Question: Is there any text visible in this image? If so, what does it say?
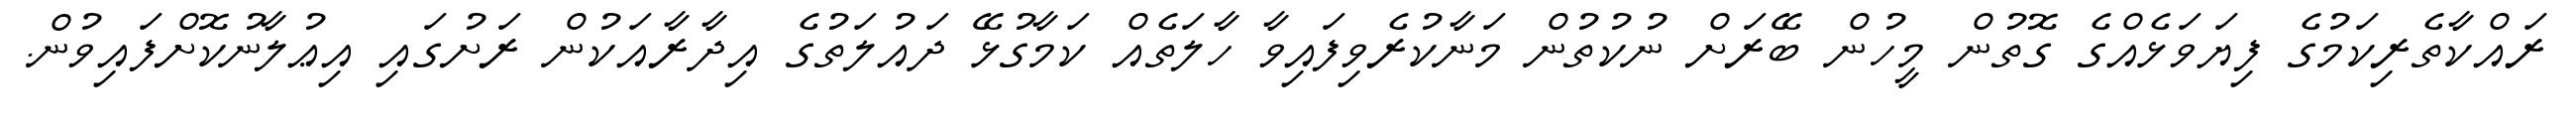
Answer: ރައްކާތެރިކަމުގެ ފިޔަވަޅެއްގެ ގޮތުން މީހުން ބޭރަށް ނުކުތުން މަނާކުރެވިފައިވާ ހާލަތެއް ކަމާގުޅޭ ދައުލަތުގެ އިދާރާއަކުން ރަށުގައި އިޢުލާނުކޮށްފައިވުން.